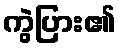
ကွဲပြား၏